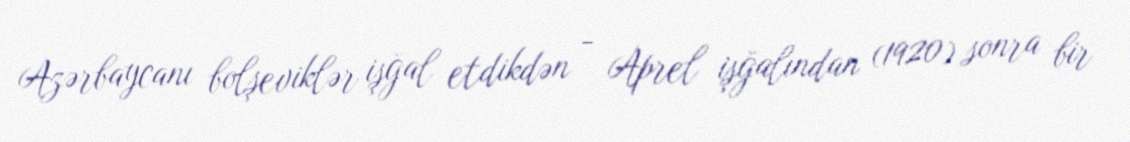
Azərbaycanı bolşeviklər işğal etdikdən - Aprel işğalından (1920) sonra bir